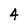
Character: 4